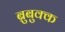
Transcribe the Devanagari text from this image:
ब्रुबुक्क